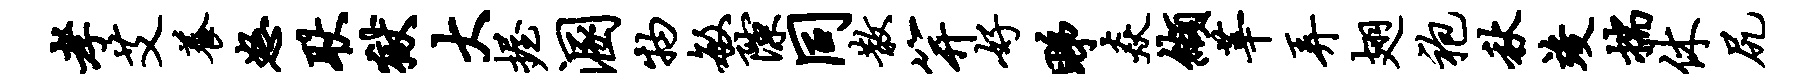
孝艾养怒耿狱大握溷物敏隙同散笄好睇焱缬莘弄翅袍秋竣揣休尻